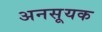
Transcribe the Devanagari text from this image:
अनसूयक